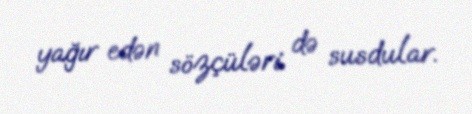
yağır edən sözçüləri də susdular.